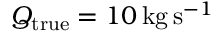
Q _ { \mathrm { t r u e } } = 1 0 \, \mathrm { k g } \, \mathrm { s } ^ { - 1 }